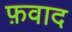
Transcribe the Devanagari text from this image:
फ़वाद